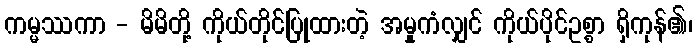
ကမ္မဿကာ - မိမိတို့ ကိုယ်တိုင်ပြုထားတဲ့ အမှုကံလျှင် ကိုယ်ပိုင်ဥစ္စာ ရှိကုန်၏၊